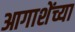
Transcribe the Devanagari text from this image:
आगाशेंच्या